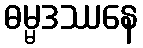
ဓမ္မဒဿနေ